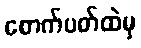
စောက်ပတ်ထဲမှ